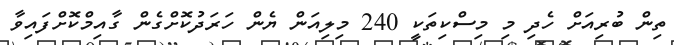
ތިން ބުރިއަށް ހެދި މި މިސްކިތަކީ 240 މިލިއަން ޔެން ހަރަދުކޮށްގެން ގާއިމްކޮށްފައިވާ